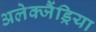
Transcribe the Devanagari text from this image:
अलेक्जैंड्रिया